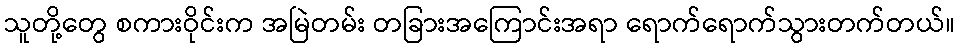
သူတို့တွေ စကားဝိုင်းက အမြဲတမ်း တခြားအကြောင်းအရာ ရောက်ရောက်သွားတက်တယ်။